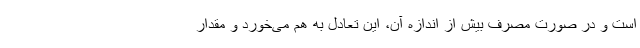
است و در صورت مصرف بیش از اندازه آن، این تعادل به هم می‌خورد و مقدار